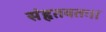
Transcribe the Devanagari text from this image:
संहृतवतः।।